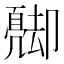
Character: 𠨦